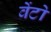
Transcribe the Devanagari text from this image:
वेंटो